Scottish Leaving Certificate Examination, 1960
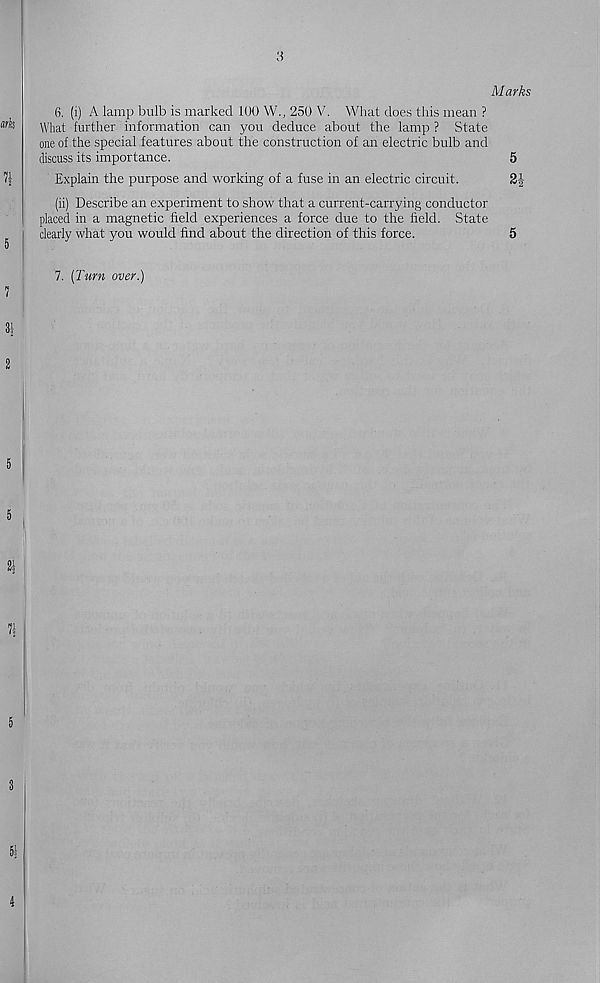
3
Marks
6. (i) A lamp bulb is marked 1U0 W., 250 V. What does this mean ?
What further information can you deduce about the lamp ? State
one of the special features about the construction of an electric bulb and
discuss its importance.
5
Explain the purpose and working of a fuse in an electric circuit.
2^
(ii) Describe an experiment to show that a current-carrying conductor
placed in a magnetic held experiences a force due to the held. State
clearly what you would hnd about the direction of this force.
5
7. (Turn over.)